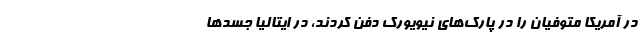
در آمریکا متوفیان را در پارک‌های نیویورک دفن کردند، در ایتالیا جسدها